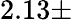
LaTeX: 2.13\pm